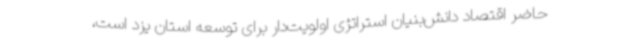
حاضر اقتصاد دانش‌بنیان استراتژی اولویت‌دار برای توسعه استان یزد است،